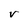
Character: V